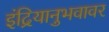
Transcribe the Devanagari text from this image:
इंद्रियानुभवावर